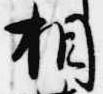
相